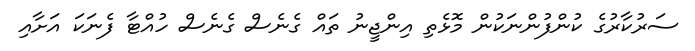
ސަރުކާރުގެ ކުންފުންނަކުން މޮޅެތި އިންޖީނު ތައް ގެނެސް ގެނެސް ހުއްޓާ ފެނަކަ އަށާއި